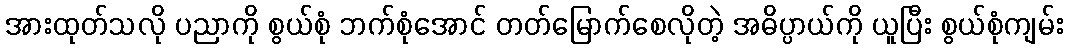
အားထုတ်သလို ပညာကို စွယ်စုံ ဘက်စုံအောင် တတ်မြောက်စေလိုတဲ့ အဓိပ္ပာယ်ကို ယူပြီး စွယ်စုံကျမ်း